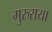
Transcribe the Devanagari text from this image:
गुरुराया